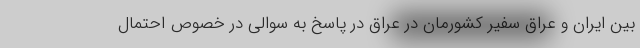
بین ایران و عراق سفیر کشورمان در عراق در پاسخ به سوالی در خصوص احتمال